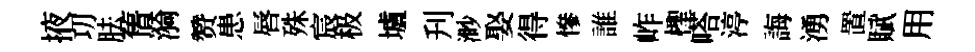
掖㓛胠𦾔漪赞患唇殊宸极壚刋渺娶得慘誰岞檉嗒渟誨湧置賦用